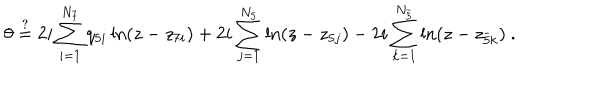
\theta \stackrel { ? } { = } 2 i \sum _ { i = 1 } ^ { N _ { 7 } } q _ { 5 i } \ln ( z - z _ { 7 i } ) + 2 i \sum _ { j = 1 } ^ { N _ { 5 } } \ln ( z - z _ { 5 j } ) - 2 i \sum _ { k = 1 } ^ { N _ { \bar { 5 } } } \ln ( z - z _ { \bar { 5 } k } ) \ .